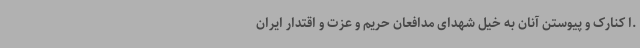
.ا کنارک و پیوستن آنان به خیل شهدای مدافعان حریم و عزت و اقتدار ایران